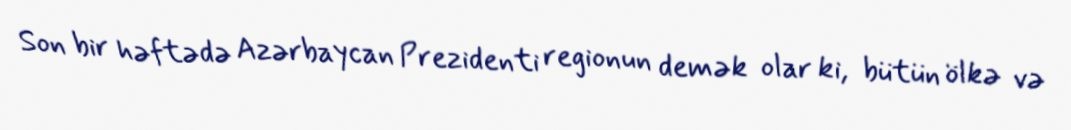
Son bir həftədə Azərbaycan Prezidenti regionun demək olar ki, bütün ölkə və